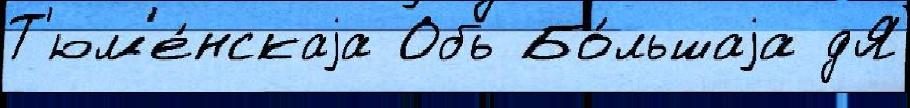
Т'юм'е́нскаjа Обь Бо́льшаjа дЯ